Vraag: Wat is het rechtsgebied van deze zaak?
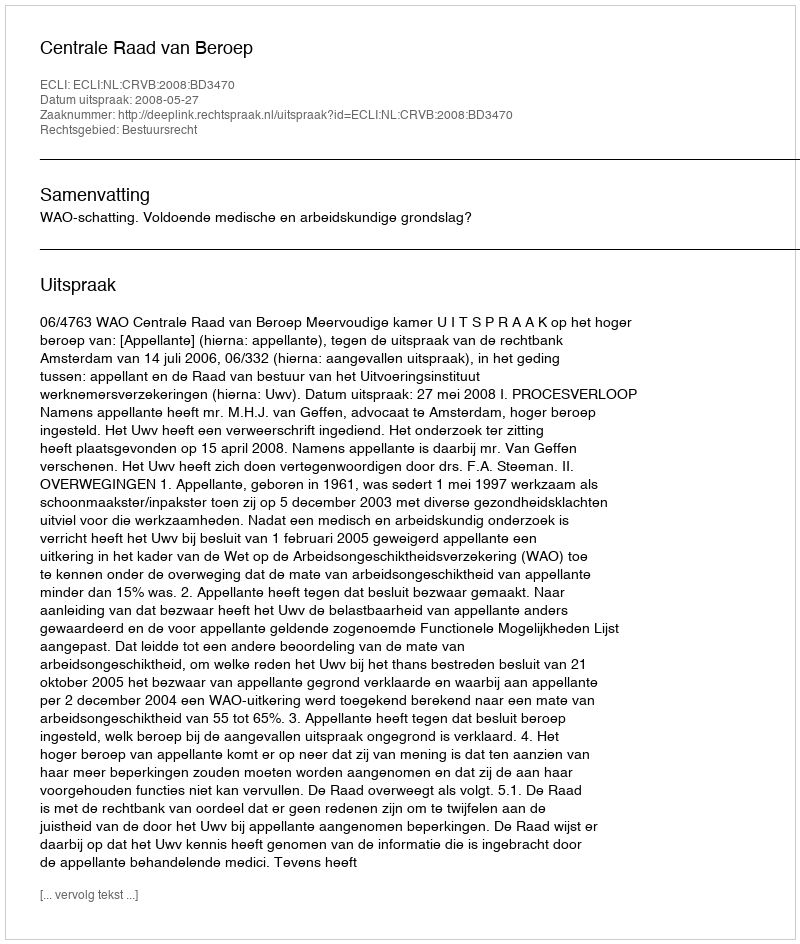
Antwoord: Bestuursrecht